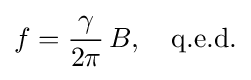
f={\frac {\gamma }{2\pi }}\,B,\quad {\text{q.e.d.}}